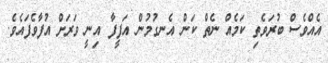
އެއްވެސް ބުރަވެތި ކަމެއް ނެތް ކަން އެނގުމުން އަފީފާ އިނީ ވަރަށް އުފާވެފައެވެ.